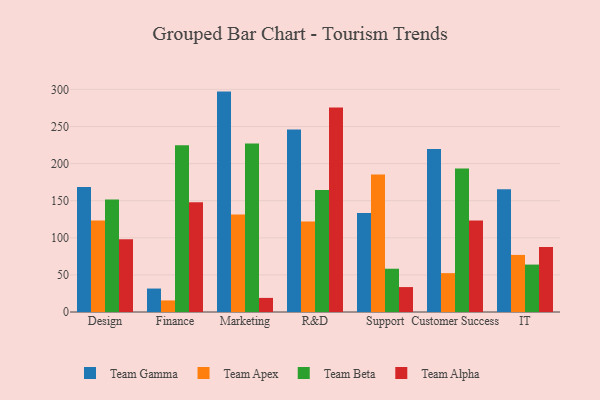
{"axis": {"x": "Department", "y": "Backlog"}, "legend": ["Team Alpha", "Team Apex", "Team Beta", "Team Gamma"], "data": [{"x": "Design", "y": 168.4, "type": "Team Gamma"}, {"x": "Design", "y": 123.4, "type": "Team Apex"}, {"x": "Design", "y": 151.7, "type": "Team Beta"}, {"x": "Design", "y": 98.0, "type": "Team Alpha"}, {"x": "Finance", "y": 31.6, "type": "Team Gamma"}, {"x": "Finance", "y": 15.6, "type": "Team Apex"}, {"x": "Finance", "y": 224.6, "type": "Team Beta"}, {"x": "Finance", "y": 147.8, "type": "Team Alpha"}, {"x": "Marketing", "y": 297.0, "type": "Team Gamma"}, {"x": "Marketing", "y": 131.3, "type": "Team Apex"}, {"x": "Marketing", "y": 226.9, "type": "Team Beta"}, {"x": "Marketing", "y": 19.0, "type": "Team Alpha"}, {"x": "R&D", "y": 245.9, "type": "Team Gamma"}, {"x": "R&D", "y": 122.0, "type": "Team Apex"}, {"x": "R&D", "y": 164.3, "type": "Team Beta"}, {"x": "R&D", "y": 275.7, "type": "Team Alpha"}, {"x": "Support", "y": 133.3, "type": "Team Gamma"}, {"x": "Support", "y": 185.3, "type": "Team Apex"}, {"x": "Support", "y": 58.3, "type": "Team Beta"}, {"x": "Support", "y": 33.6, "type": "Team Alpha"}, {"x": "Customer Success", "y": 219.8, "type": "Team Gamma"}, {"x": "Customer Success", "y": 52.4, "type": "Team Apex"}, {"x": "Customer Success", "y": 193.4, "type": "Team Beta"}, {"x": "Customer Success", "y": 123.4, "type": "Team Alpha"}, {"x": "IT", "y": 165.5, "type": "Team Gamma"}, {"x": "IT", "y": 76.9, "type": "Team Apex"}, {"x": "IT", "y": 63.9, "type": "Team Beta"}, {"x": "IT", "y": 87.7, "type": "Team Alpha"}]}